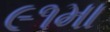
૯૧મા